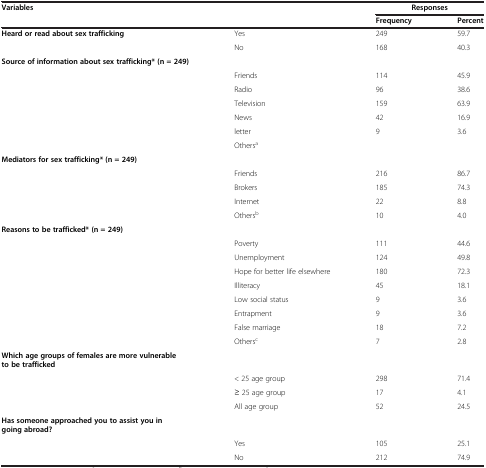
| <ROWSPAN=2-COLSPAN=2> Variables | <COLSPAN=2> Responses |
 | Frequency | Percent |
 | --- | --- | --- | --- |
 | Heard or read about sex trafficking | Yes | 249 | 59.7 |
 |  | No | 168 | 40.3 |
 | Source of information about sex trafficking* (n = 249) |  |  |  |
 |  | Friends | 114 | 45.9 |
 |  | Radio | 96 | 38.6 |
 |  | Television | 159 | 63.9 |
 |  | News | 42 | 16.9 |
 |  | letter | 9 | 3.6 |
 |  | Othersa |  |  |
 | Mediators for sex trafficking* (n = 249) |  |  |  |
 |  | Friends | 216 | 86.7 |
 |  | Brokers | 185 | 74.3 |
 |  | Internet | 22 | 8.8 |
 |  | Othersb | 10 | 4.0 |
 | Reasons to be trafficked* (n = 249) |  |  |  |
 |  | Poverty | 111 | 44.6 |
 |  | Unemployment | 124 | 49.8 |
 |  | Hope for better life elsewhere | 180 | 72.3 |
 |  | Illiteracy | 45 | 18.1 |
 |  | Low social status | 9 | 3.6 |
 |  | Entrapment | 9 | 3.6 |
 |  | False marriage | 18 | 7.2 |
 |  | Othersc | 7 | 2.8 |
 | Which age groups of females are more vulnerable to be trafficked |  |  |  |
 |  | < 25 age group | 298 | 71.4 |
 |  | ≥ 25 age group | 17 | 4.1 |
 |  | All age group | 52 | 24.5 |
 | Has someone approached you to assist you in going abroad? |  |  |  |
 |  | Yes | 105 | 25.1 |
 |  | No | 212 | 74.9 |